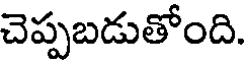
చెప్పబడుతోంది.